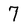
Character: 7